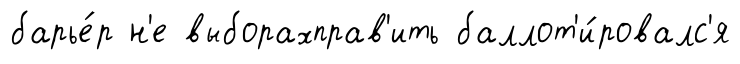
барье́р н'е выборахправ'ить баллот'и́ровалс'я